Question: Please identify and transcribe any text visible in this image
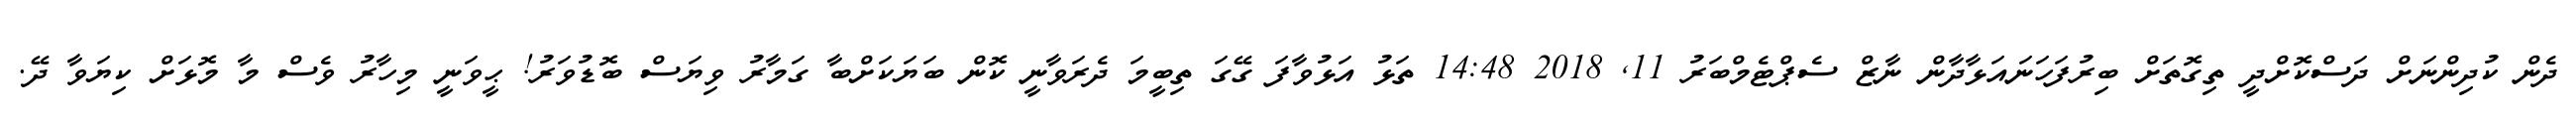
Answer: ދެން ކުދިންނަށް ދަސްކޮށްދީ ތިގޮތަށް ބިރުފަހަނައަޅާދާން ނާޒް ސެޕްޓެމްބަރު 11, 2018 14:48 ތަޅު އަޅުވާފަ ގޭގަ ތިބީމަ ދެރަވާނީ ކޮން ބަޔަކަށްބާ ގަމާރު ވިޔަސް ބޮޑުވަރު! ޙީވަނީ މިހާރު ވެސް މާ މޮޅަށް ކިޔަވާ ދޭ.